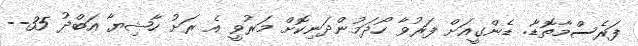
ފަރެސްމާތޮޑާ: ޑެންގީއަށް ފަރުވާ ހޯދަމުންދަނިކޮށް މަރުވީ އެ ރަށު ހާޝިޔާ އަބްދު 35--